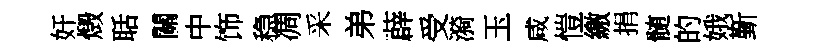
奸燬聒關中饰稳凋采弟薜受漪玉咸愷繳捐髄的娥斳